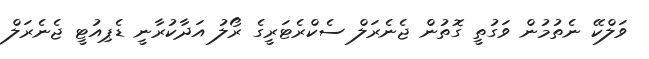
ވަލްކޭ ނެތުމުން ވަގުތީ ގޮތުން ޖެނެރަލް ސެކްރެޓަރީގެ ރޯލު އަދާކުރާނީ ޑެޕިއުޓީ ޖެނެރަލް